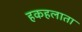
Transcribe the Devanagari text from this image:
हकहलाता